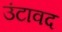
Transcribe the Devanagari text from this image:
उंटावद